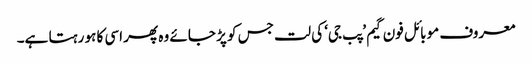
معروف موبائل فون گیم ’پب جی‘ کی لت جس کو پڑ جائے وہ پھر اسی کا ہو رہتا ہے۔